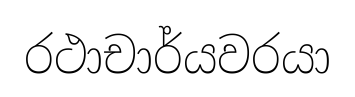
රථාචාර්යවරයා